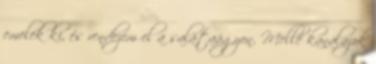
emelek ki, és rendezem el a salátaágyon. Mellé kanalazok